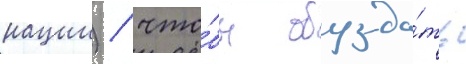
нации) / что́бы обузда́ть